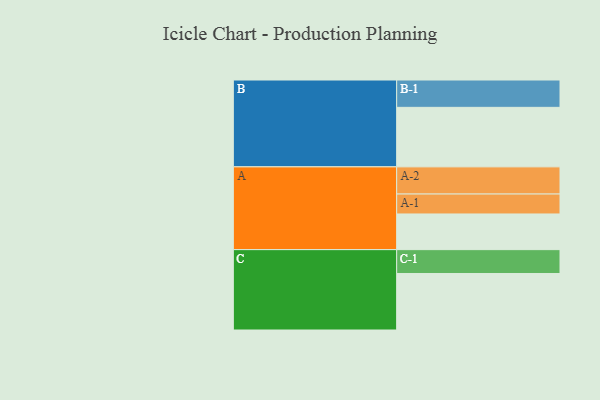
{"axis": {"x": "Segment", "y": "Value"}, "legend": ["", "A", "B", "C"], "data": [{"x": "A", "y": 356, "type": ""}, {"x": "B", "y": 594, "type": ""}, {"x": "C", "y": 564, "type": ""}, {"x": "A-1", "y": 199, "type": "A"}, {"x": "A-2", "y": 271, "type": "A"}, {"x": "B-1", "y": 273, "type": "B"}, {"x": "C-1", "y": 238, "type": "C"}]}